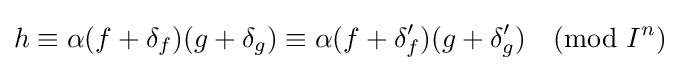
h\equiv \alpha (f+\delta _{f})(g+\delta _{g})\equiv \alpha (f+\delta '_{f})(g+\delta '_{g}){\pmod {I^{n}}}